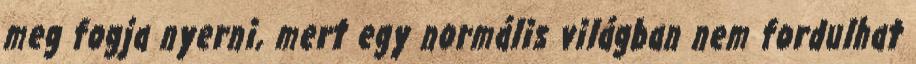
meg fogja nyerni, mert egy normális világban nem fordulhat